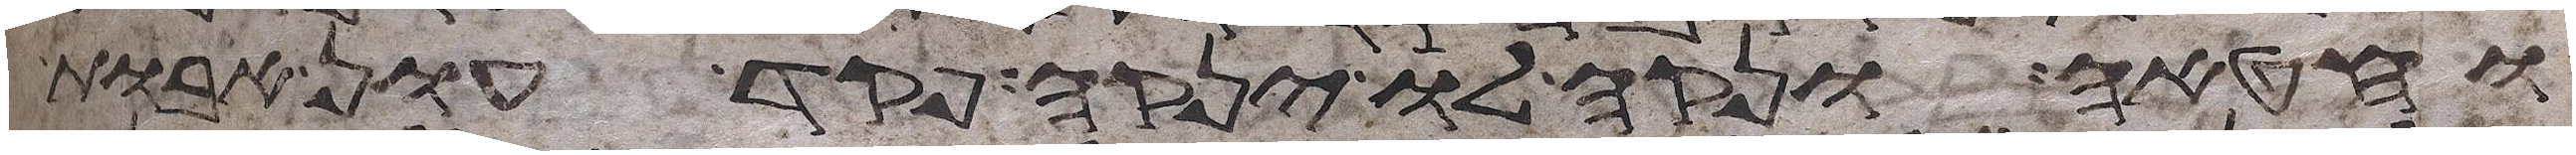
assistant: וחטאה ונקה לו ינקה פקד עון אבות